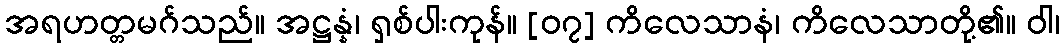
အရဟတ္တမဂ်သည်။ အဋ္ဌန္နံ၊ ရှစ်ပါးကုန်။ [၀၇] ကိလေသာနံ၊ ကိလေသာတို့၏။ ဝါ၊